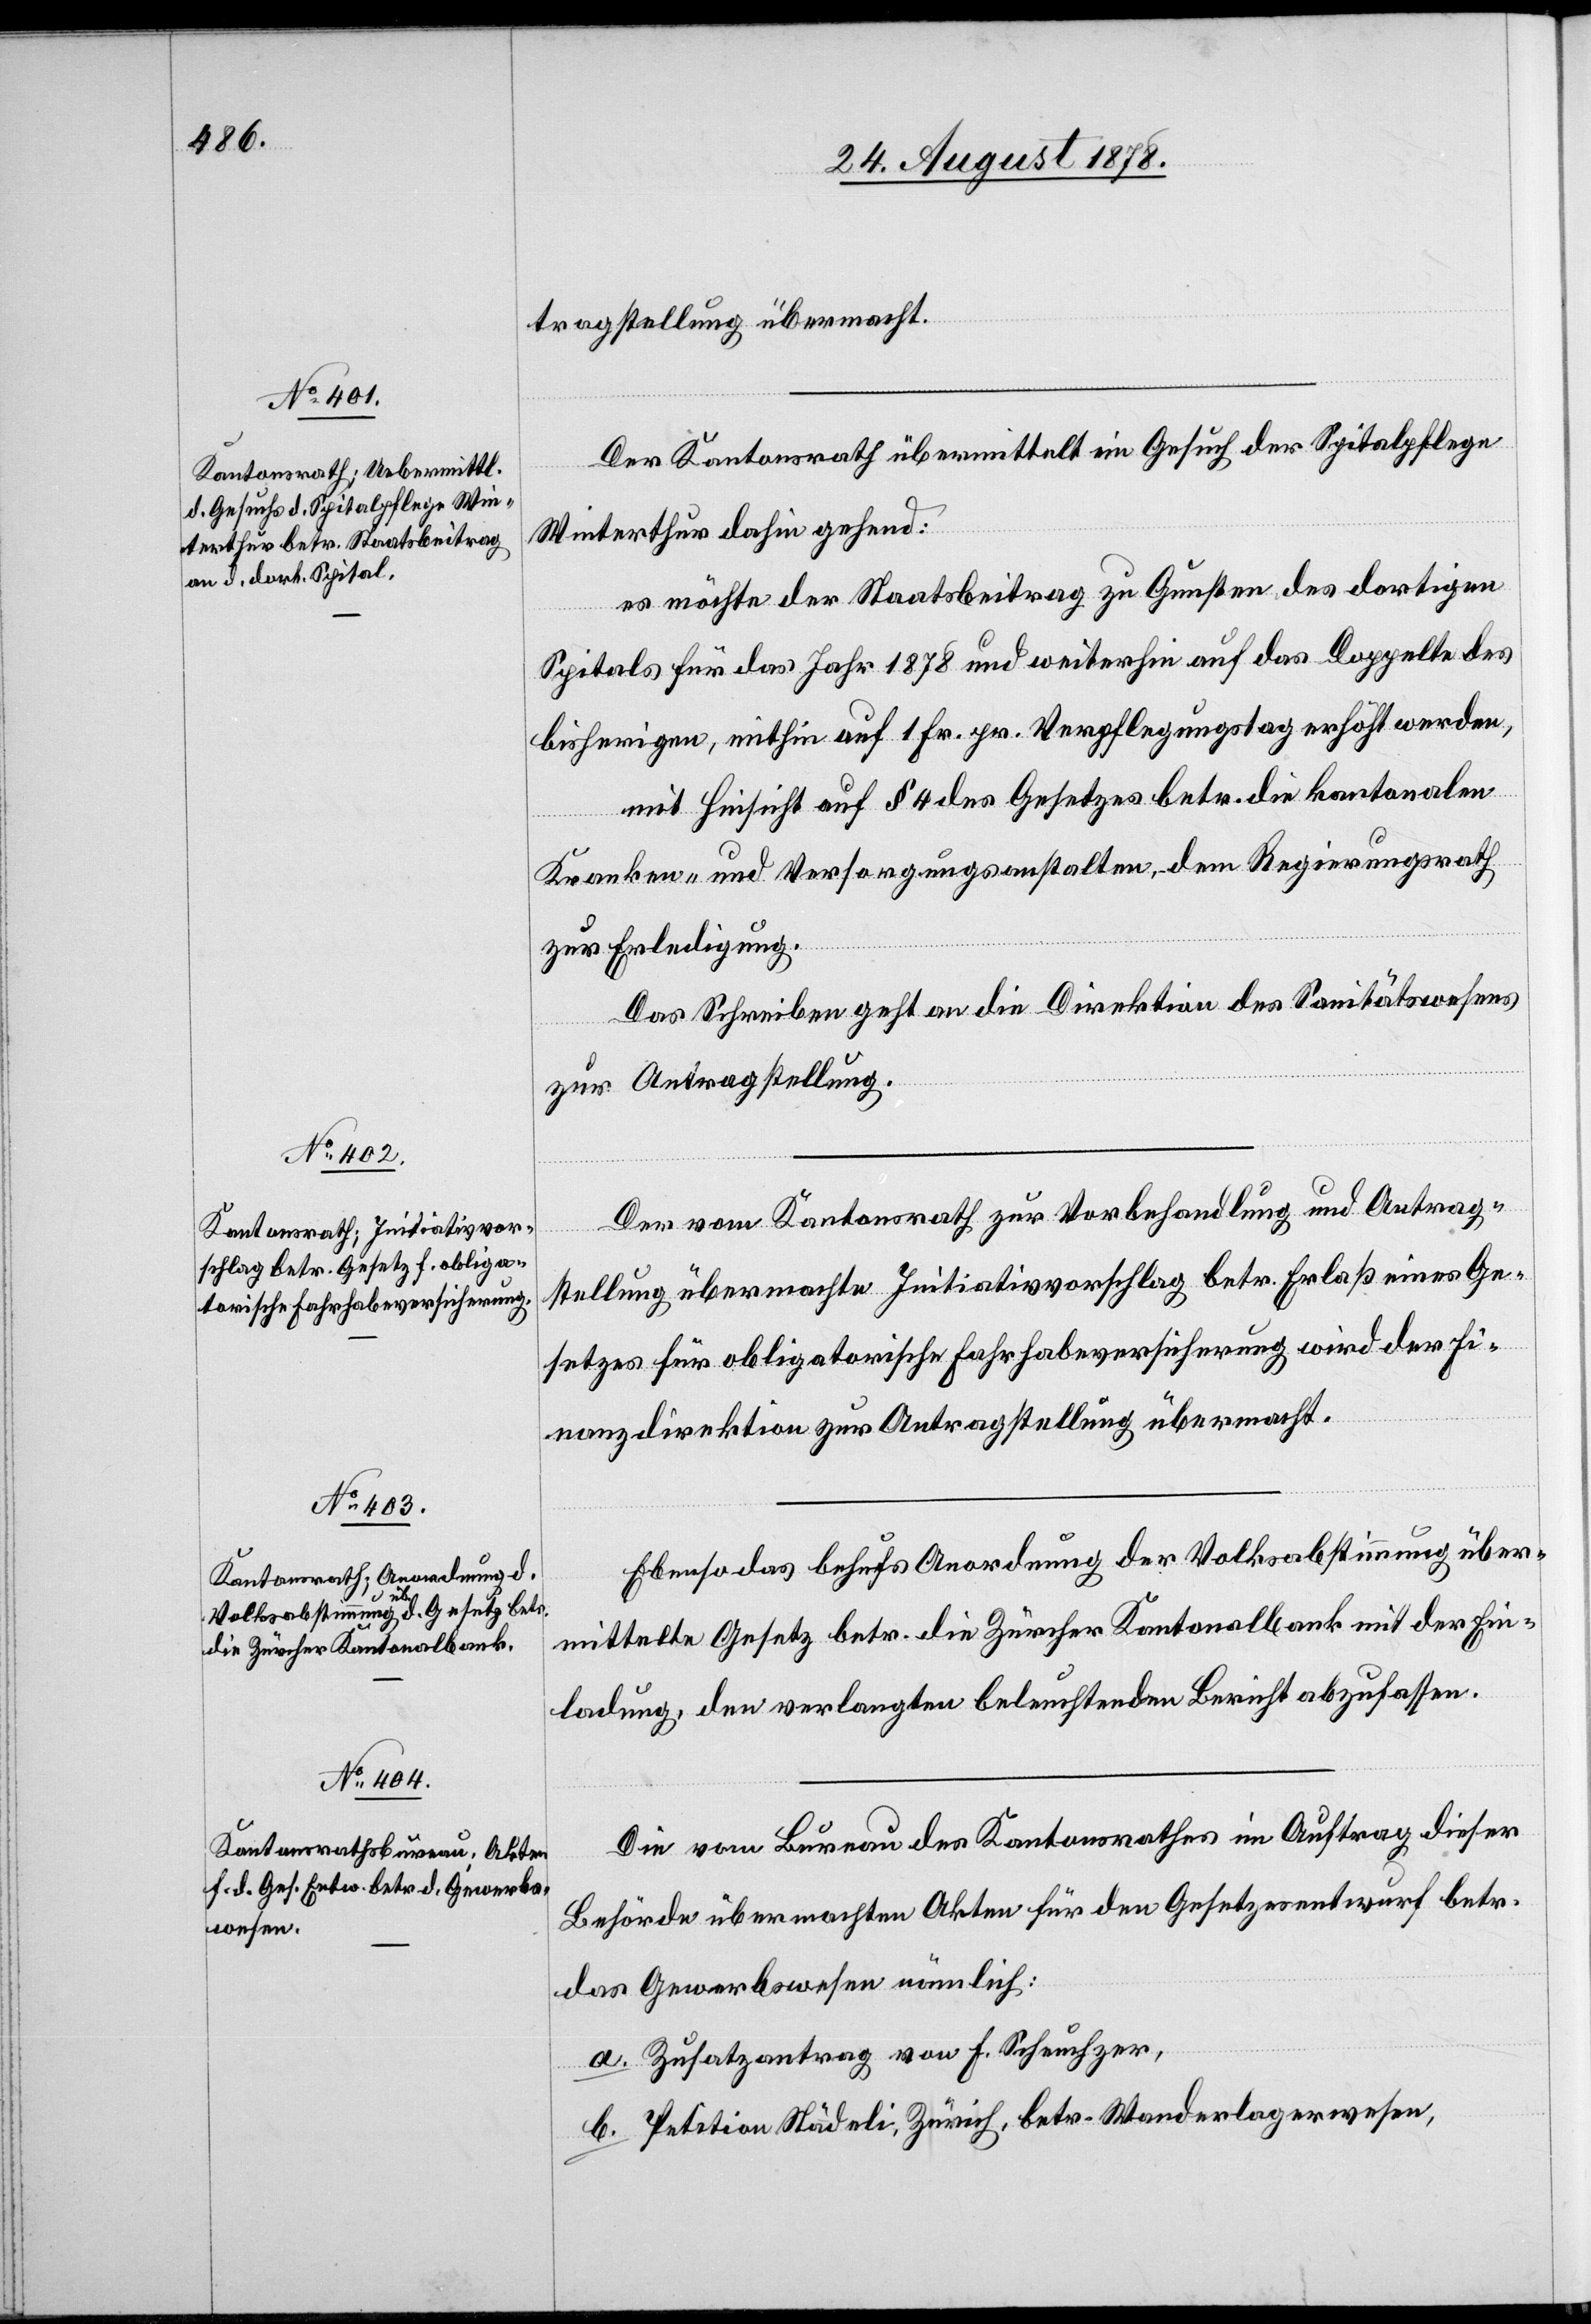
tragstellung übermacht.
Der Kantonsrath übermittelt ein Gesuch der Spitalpflege
Winterthur dahin gehend:
es möchte der Staatsbeitrag zu Gunsten des dortigen
Spitals für das Jahr 1878 und weiterhin auf das Doppelte des
bisherigen, mithin auf 1 Fr. pr. Verpflegungstag erhöht werden,
mit Hinsicht auf § 4 des Gesetzes betr. die kantonalen
Kranken- und Versorgungsanstalten, dem Regierungsrath
zur Erledigung.
Das schreiben geht an die Direktion des Sanitätswesens
zur Antragstellung.
Der vom Kantonsrath zur Vorbehandlung und Antrag¬
stellung übermachte Initiativvorschlag betr. Erlaß eines Ge¬
setzes für obligatorische Fahrhabeversicherung wird der Fi¬
nanzdirektion zur Antragstellung übermacht.
Ebenso das behufs Anordnung der Volksabstimmung über¬
mittelte Gesetz betr. die Zürcher Kantonalbank mit der Ein¬
ladung, den verlangten beleuchteten Bericht abzufassen.
Die vom Bureau des Kantonsrathes im Auftrag dieser
Behörde übermachten Akten für den Gesetzesentwurf betr.
das Gewerbswesen nämlich:
a. Zusatzantrag von F. Scheuchzer,
b. Petition Städeli, Zürich, betr. Wanderlagerwesen,